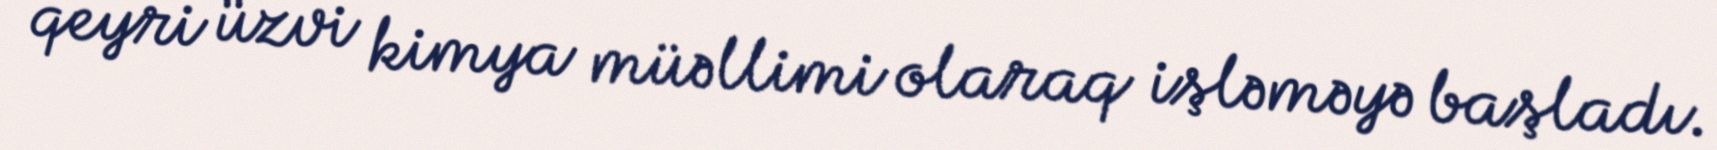
qeyri üzvi kimya müəllimi olaraq işləməyə başladı.